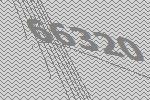
66320